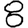
Digit: 8